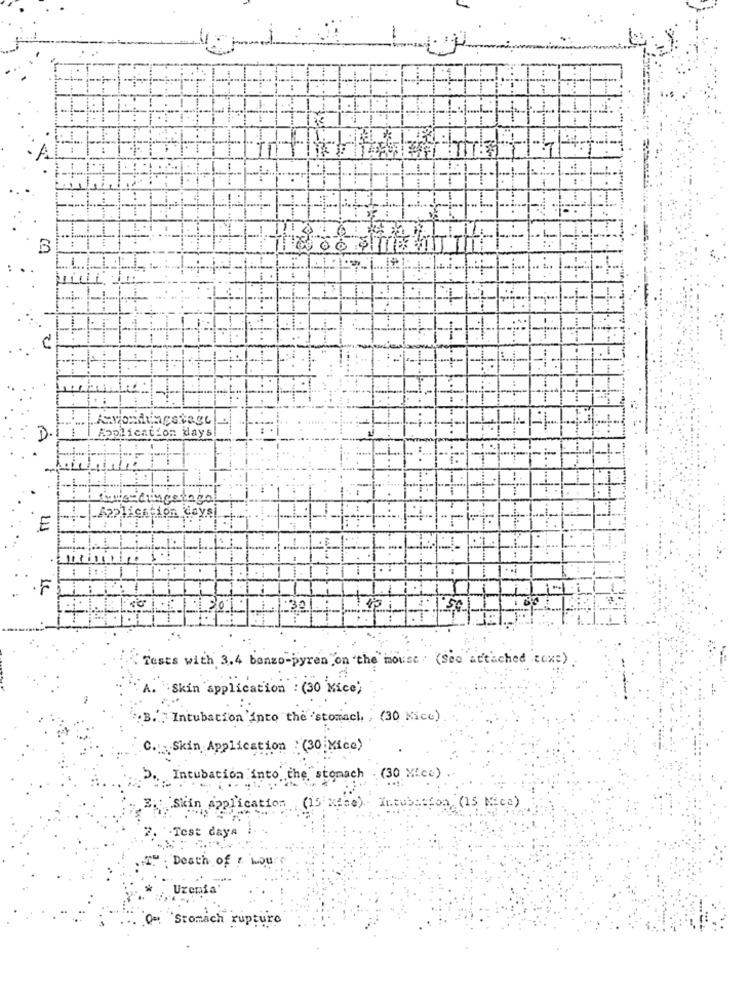
-
50
4
......
......
plication days!
-
-
tume dingetage
Application days
E
.F
30
Tests with 3.4 bonzo-pyren on the mouse . (See attached text).
Skin application : (30 Nice)
Intubation into the stomach, , (30 Nice )
C. Skin Application : (30 Nice)
Intubation into the stomach (30 MIce)
Skin Application (15 xece)
Intubesfon ( 15 Nice)
.Test days
Death of t hours
Uxenia'
Q =: Stomach rupture